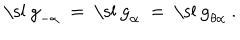
\mathrm { \ s l ~ g } _ { - \alpha } ~ = ~ \mathrm { \ s l ~ g } _ { \alpha } ~ = ~ \mathrm { \ s l ~ g } _ { \theta \alpha } ~ .